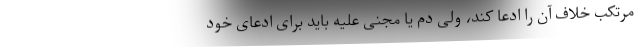
مرتکب خلاف آن را ادعا کند، ولی دم یا مجنی علیه باید برای ادعای خود